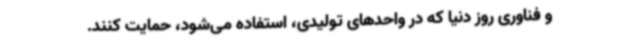
و فناوری روز دنیا که در واحدهای تولیدی، استفاده می‌شود، حمایت کنند.